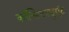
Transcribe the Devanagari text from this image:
कॉन्सिटट्युएंट